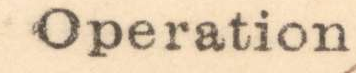
Operation